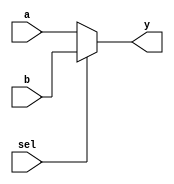
module mux2_32(a,b,sel,y);//2 input 32-bit mux
    input   [31:0]   a ;
    input   [31:0]   b ;
    input            sel ;
    output  [31:0]   y;
    
    reg   [31:0]   y;
    
    always @(*)
       if (sel == 0)
          y <= a ;
       else y <= b ;
endmodule

module mux2_30(a,b,sel,y);//2 input 30-bit mux
    input   [31:2]   a ;
    input   [31:2]   b ;
    input            sel ;
    output  [31:2]   y;
    
    reg   [31:2]   y;
    
    always @(*)
       if (sel == 0)
          y <= a ;
       else y <= b ;
endmodule

module mux3_5(a,b,c,sel,y);   //3 input 5-bit mux
    input   [4:0]   a ;
    input   [4:0]   b ;
    input   [4:0]   c ;
    input   [1:0]   sel ;
    output  [4:0]   y;
    
    reg   [4:0]   y;
    
    always @(*)
       if (sel == 2'b00)
          y <= a ;
       else if (sel == 2'b01)
                y <= b ;
            else y <= c;
endmodule

module mux3_32(a,b,c,sel,y);   //3 input 32-bit mux
    input   [31:0]   a ;
    input   [31:0]   b ;
    input   [31:0]   c ;
    input   [1:0]    sel ;
    output  [31:0]   y;
    
    reg   [31:0]   y;
    
    always @(*)
    begin
       if (sel == 2'b00)
          y <= a ;
       else 
          begin
             if (sel == 2'b01)
                y <= b ;
             else y <= c;
          end
    end
endmodule


module mux5_32(a,b,c,d,e,sel,y);   //3 input 32-bit mux
    input   [31:0]   a ;
    input   [31:0]   b ;
    input   [31:0]   c ;
    input   [31:0]   d ;
    input   [31:0]   e ;
    input   [2:0]    sel ;
    output  [31:0]   y;
    
    reg   [31:0]   y;
    
    always @(*)
       y = (sel == 3'b000) ? a :
           (sel == 3'b001) ? b :
           (sel == 3'b010) ? c :
           (sel == 3'b011) ? d :
           (sel == 3'b100) ? e :
                             32'b0 ;
endmodule